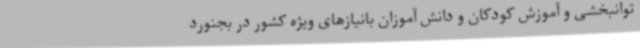
توانبخشی و آموزش کودکان و دانش آموزان بانیازهای ویژه کشور در بجنورد